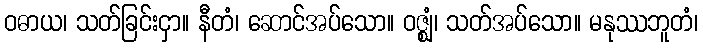
ဝဓာယ၊ သတ်ခြင်းငှာ။ နီတံ၊ ဆောင်အပ်သော။ ဝဇ္ဈံ၊ သတ်အပ်သော။ မနုဿဘူတံ၊